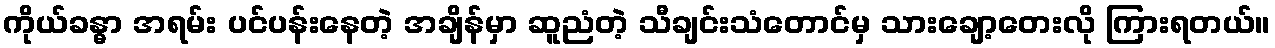
ကိုယ်ခန္ဓာ အရမ်း ပင်ပန်းနေတဲ့ အချိန်မှာ ဆူညံတဲ့ သီချင်းသံတောင်မှ သားချော့တေးလို ကြားရတယ်။